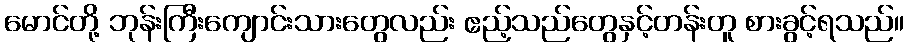
မောင်တို့ ဘုန်းကြီးကျောင်းသားတွေလည်း ဧည့်သည်တွေနှင့်တန်းတူ စားခွင့်ရသည်။